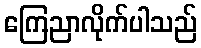
ကြေညာလိုက်ပါသည်